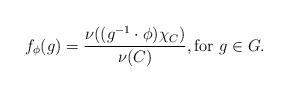
LaTeX: \begin{align*}f_\phi(g) = \frac{\nu((g^{-1} \cdot \phi)\chi_C)}{\nu(C)}, \textrm{for $g \in G$}.\end{align*}